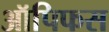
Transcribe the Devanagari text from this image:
ऑपिफस